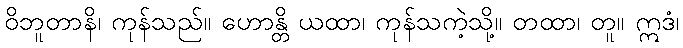
ဝိဘူတာနိ၊ ကုန်သည်။ ဟောန္တိ ယထာ၊ ကုန်သကဲ့သို့။ တထာ၊ တူ။ ဣဒံ၊